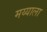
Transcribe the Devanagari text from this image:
मय्याला